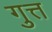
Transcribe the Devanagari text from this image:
गुत्त